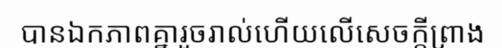
បានឯកភាពគ្នារួចរាល់ហើយលើសេចក្តីព្រាង